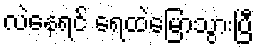
လဲနေရင် ရေထဲမြောသွားပြီ